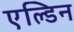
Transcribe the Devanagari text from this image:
एल्डिन